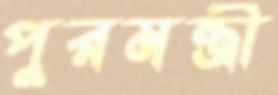
পুরমন্ত্রী